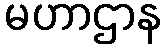
မဟာဌာန